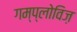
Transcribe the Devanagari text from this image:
गम्प्लोविज़